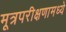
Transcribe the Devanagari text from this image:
मूत्रपरीक्षणामध्ये